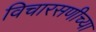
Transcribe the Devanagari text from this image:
विचारसणीच्या